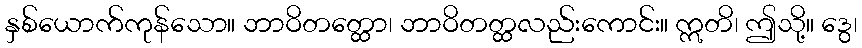
နှစ်ယောက်ကုန်သော။ ဘာဝိတတ္ထော၊ ဘာဝိတတ္ထလည်းကောင်း။ ဣတိ၊ ဤသို့။ ဒွေ၊